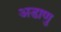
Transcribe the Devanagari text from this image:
अडाणु